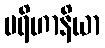
ပရိဟာနိယာ